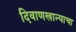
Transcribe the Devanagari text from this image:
दिवाणखान्याचा